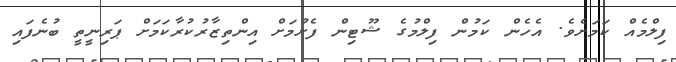
ފިލްމެއް ކަމަށެވެ. އެހެން ކަމުން ފިލްމުގެ ޝޫޓިން ފެށުމަށް އިންތިޒާރުކުރާކަމަށް ޕަރިނީތީ ބުނެފައި